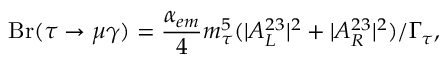
\mathrm { B r } ( \tau \to \mu \gamma ) = \frac { \alpha _ { e m } } { 4 } m _ { \tau } ^ { 5 } ( | A _ { L } ^ { 2 3 } | ^ { 2 } + | A _ { R } ^ { 2 3 } | ^ { 2 } ) / \Gamma _ { \tau } ,